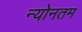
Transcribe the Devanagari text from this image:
न्योनतम